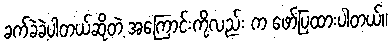
ခက်ခဲခဲ့ပါတယ်ဆိုတဲ့ အကြောင်းကိုလည်း က ဖော်ပြထားပါတယ်။